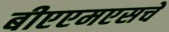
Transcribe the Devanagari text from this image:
बीएएमएसचे